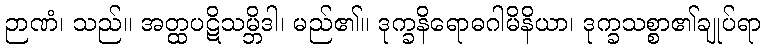
ဉာဏံ၊ သည်။ အတ္ထပဋိသမ္ဘိဒါ၊ မည်၏။ ဒုက္ခနိရောဓဂါမိနိယာ၊ ဒုက္ခသစ္စာ၏ချုပ်ရာ